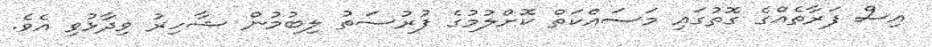
އިސް ފަރާތެއްގެ ގޮތުގައި މަސައްކަތް ކޮށްލުމުގެ ފުރުސަތު ލިބުމުން ޝާހިރު ވިދާޅުވި އެވެ.